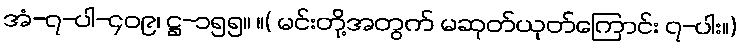
အံ-၇-ပါ-၄၀၉၊ ဋ္ဌ-၁၅၅။ ။( မင်းတို့အတွက် မဆုတ်ယုတ်ကြောင်း ၇-ပါး။)